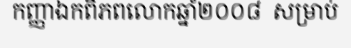
កញ្ញាឯកពិភពលោកឆ្នាំ២០០៨  សម្រាប់